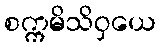
စက္ကမိသိဝှယေ